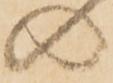
の